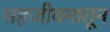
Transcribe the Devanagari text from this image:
सहजीवनातून